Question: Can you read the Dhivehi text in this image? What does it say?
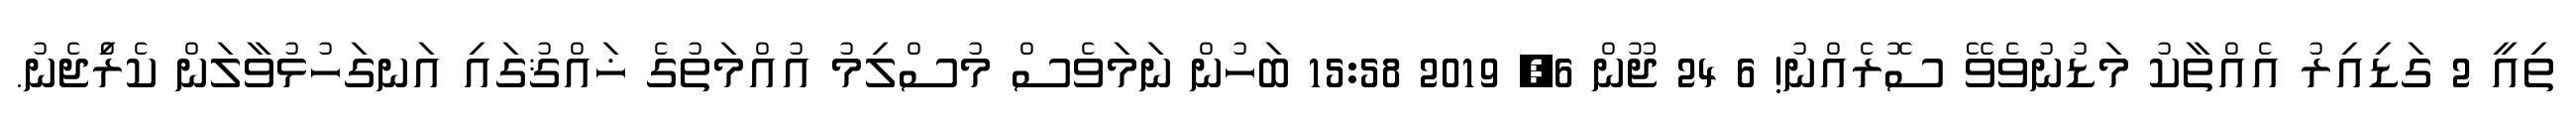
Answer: ތިއީ 2 ގަޑިއިރު އެއްތާކު މަޑުނުވެވޭ ސޮރެއްނު! 6 24 ޖޫން 6, 2019 15:58 ބަހުން ނަމަވެސް މުސްލިމު އުއްމަތުގެ ޚައްޤުގައި އަނގަހުޅުވާލަން ކެރިެްޖެނު.